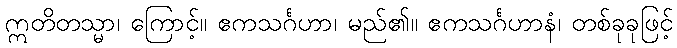
ဣတိတသ္မာ၊ ကြောင့်။ ဧကသင်္ဂဟာ၊ မည်၏။ ဧကသင်္ဂဟာနံ၊ တစ်ခုခုဖြင့်